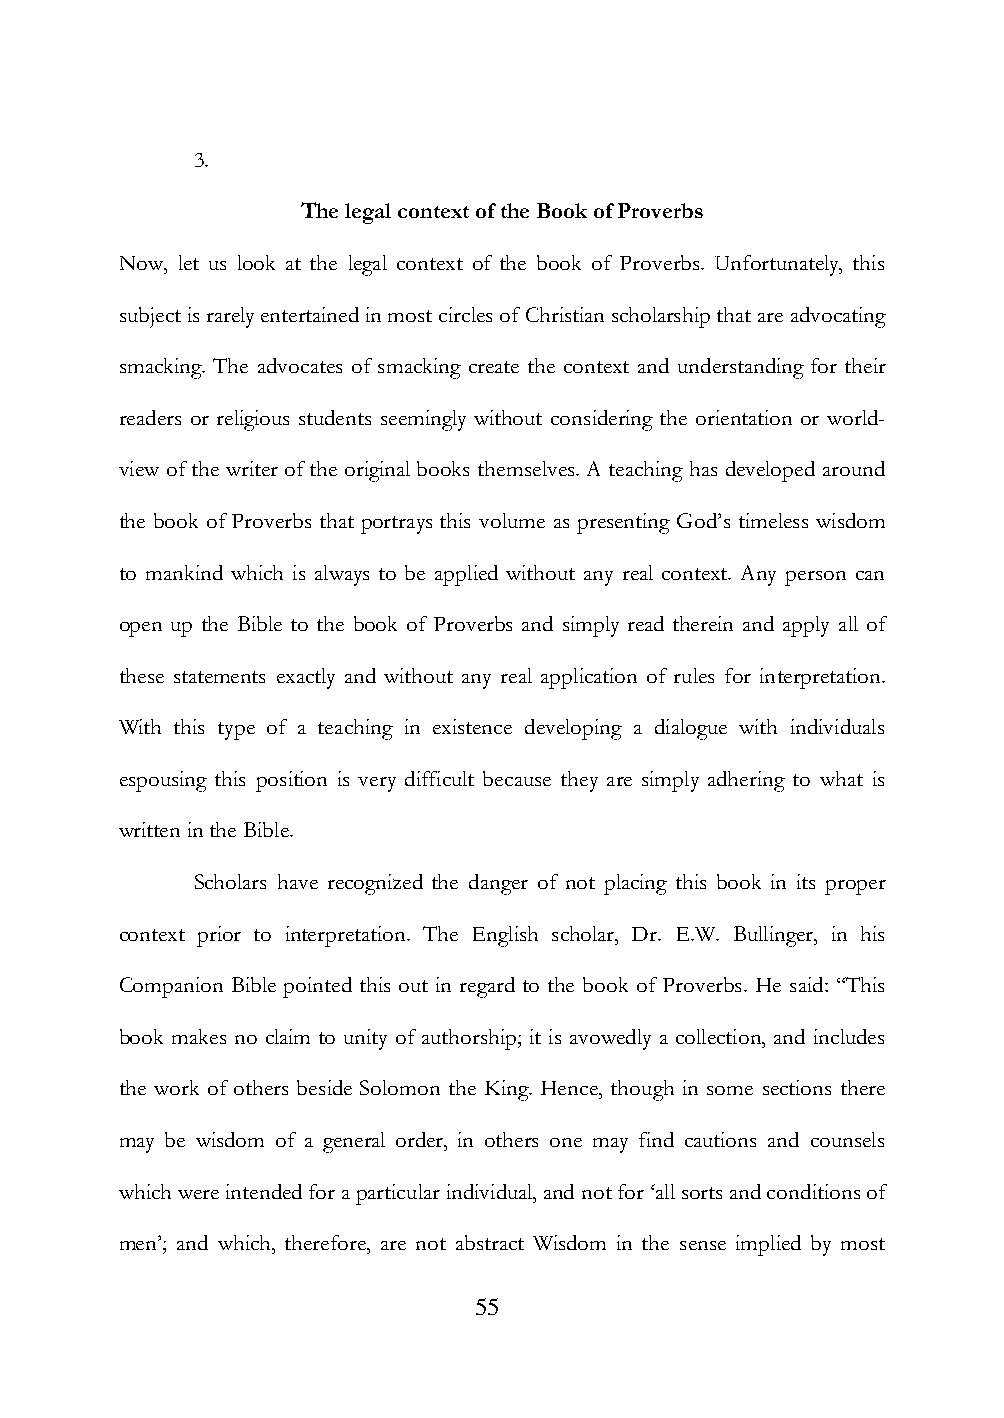
3.
 The legal context of the Book of Proverbs
 Now, let us look at the legal context of the book of Proverbs. Unfortunately, this
 subject is rarely entertained in most circles of Christian scholarship that are advocating
 smacking. The advocates of smacking create the context and understanding for their
 readers or religious students seemingly without considering the orientation or world-
 view of the writer of the original books themselves. A teaching has developed around
 the book of Proverbs that portrays this volume as presenting God‟s timeless wisdom
 to mankind which is always to be applied without any real context. Any person can
 open up the Bible to the book of Proverbs and simply read therein and apply all of
 these statements exactly and without any real application of rules for interpretation.
 With this type of a teaching in existence developing a dialogue with individuals
 espousing this position is very difficult because they are simply adhering to what is
 written in the Bible.
 Scholars have recognized the danger of not placing this book in its proper
 context prior to interpretation. The English scholar, Dr. E.W. Bullinger, in his
 Companion Bible pointed this out in regard to the book of Proverbs. He said: “This
 book makes no claim to unity of authorship; it is avowedly a collection, and includes
 the work of others beside Solomon the King. Hence, though in some sections there
 may be wisdom of a general order, in others one may find cautions and counsels
 which were intended for a particular individual, and not for „all sorts and conditions of
 men‟; and which, therefore, are not abstract Wisdom in the sense implied by most
 55